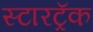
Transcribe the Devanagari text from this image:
स्टारट्रॅक